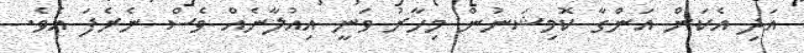
އަދި އެކަން އަންގާ ކޮމިޝަނުން މިހާރު ވަނީ އިއުލާނެއް ވެސް ނެރެފަ އެވެ.